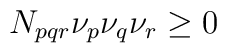
N_{pqr}\nu _{p}\nu _{q}\nu _{r}\geq 0